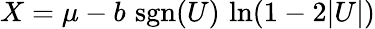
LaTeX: X=\mu-b\, \operatorname{sgn}(U)\, \ln(1-2|U|)